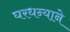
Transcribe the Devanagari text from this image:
घरधन्याने